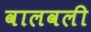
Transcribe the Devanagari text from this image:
वालवली